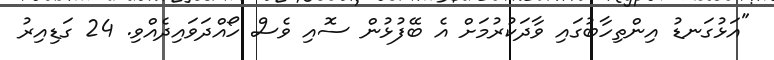
"އަޅުގަނޑު އިންތިހާބުގައި ވާދަކުރުމަށް އެ ބޭފުޅުން ސޮއި ވެސް ހޯއްދަވައިދެއްވި. 24 ގަޑިއިރު